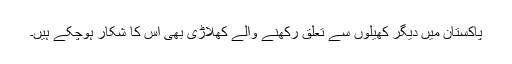
پاکستان میں دیگر کھیلوں سے تعلق رکھنے والے کھلاڑی بھی اس کا شکار ہوچکے ہیں۔